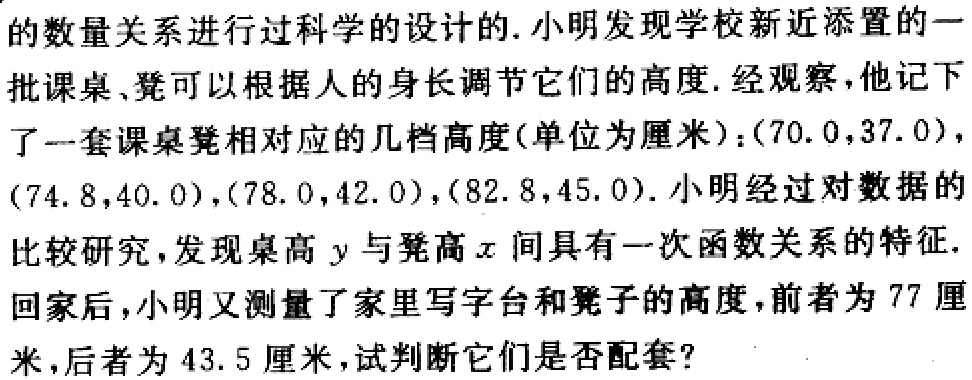
的数量关系进行过科学的设计的.小明发现学校新近添置的一
批课桌、凳可以根据人的身长调节它们的高度.经观察,他记下
了一套课桌凳相对应的几档高度(单位为厘米):$(70.0,37.0)$,
$(74.8,40.0)$,$(78.0,42.0)$,$(82.8,45.0)$.小明经过对数据的
比较研究,发现桌高$y$与凳高$x$间具有一次函数关系的特征.
回家后,小明又测量了家里写字台和凳子的高度,前者为$77$厘米,后者为$43.5$厘米,试判断它们是否配套?